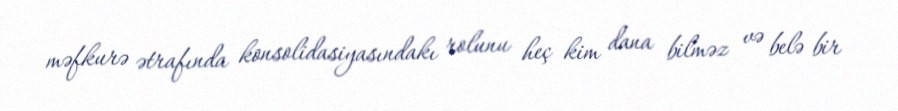
məfkurə ətrafında konsolidasiyasındakı rolunu heç kim dana bilməz və belə bir